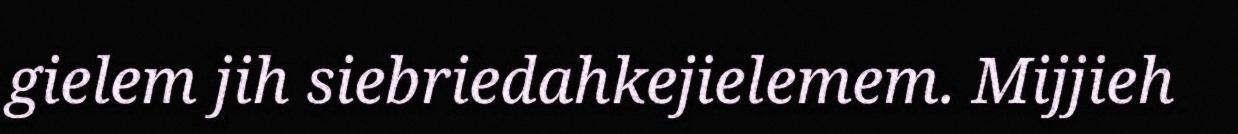
gielem jih siebriedahkejielemem. Mijjieh